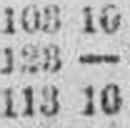
113 10